Report of the King Institute of Preventive Medicine, Guindy
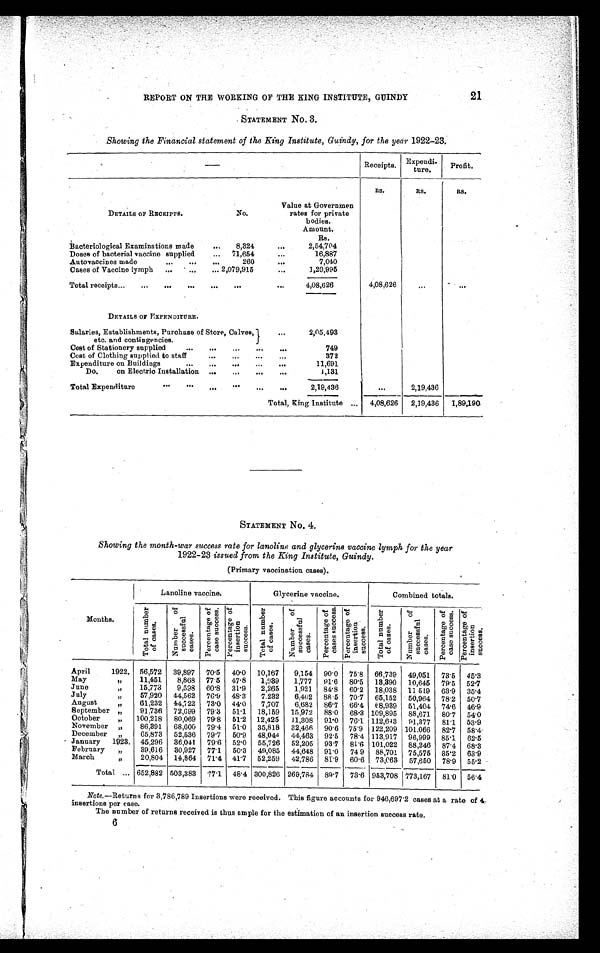
2 1
REPORT ON THE WORKING OF THE KING INSTITUTE, GUINDY
STATEMENT No. 3.
Showing the Financial statement of the King Institute, Guindy, for the year 1922-23.
—
Receipts.
Expendi-
ture.
Profit.
DETAILS OF RECEIPTS.
No.
Value at Governmen
rates for private
bodies.
Amount.
RS.
RS.
RS.
Rs.
Bacteriological Examinations made . . .
8,324
. . .
2,54,704
7 1 , 6 5 4 . . .
16,887
Doses of bacterial vaccine supplied . . .
2 6 0 . . .
7,040
Autovaccines made . . .
2, 079, 915 . . .
1,20,995
Cases of Vaccine lymph . . .
Total receipts . . .
4,08,626
4,08,626
. . .
. . .
DETAILS OF EXPENDITURE.
Salaries, Establishments, Purchase of Store, Calves,
e t c . a n d c o n t i n g e n c i e s . . . .
2, 05, 493
Cost of Stationery supplied . . .
749
372
Cost of Clothing supplied to staff . . .
11,691
Expenditure on Buildings . . .
1,131
Do. on Electric Installation . . .
Total Expenditure . . .
2,19,436
. . .
2,19,436
Total, King Institute . . .
4,08,626
2,19,436
1,89,190
STATEMENT No. 4.
Showing the month-war success rate for lanoline and glycerine vaccine lymph for the year
1922-23 issued from the King Institute, Guindy.
(Primary vaccination cases).
Months.
Lanoline vaccine.
Glycerine vaccine.
Combined totals.
T o t a l n u m b e r o f c a s e s .
N u m b e r o f s u c c e s s f u l c a s e s .
P e r c e n t a g e o f c a s e s u c c e s s . P e r c e n t a g e o f i n s e r t i o n s u c c e s s .
T o t a l n u m b e r o f c a s e s .
N u m b e r o f s u c c e s s f u l c a s e s .
P e r c e n t a g e o f c a s e s s u c c e s s . P e r c e n t a g e o f i n s e r t i o n s u c c e s s .
T o t a l n u m b e r o f c a s e s
.
N u m b e r o f s u c c e s s f u l c a s e s .
P e r c e n t a g e o f c a s e s u c c e s s. Pe r c e nt a ge of i ns e r t i on s uc c e s s .
April
1922. 56,572
39,897
70.5
40.0
10,167
9,154
90.0
75.8
66,739
49,051
73.5
45.3
May
"
11,451
8,868
77.5
47.8
1,939
1,777
91.6
80.5
13,390
10,645
79.5
52.7
June
"
15,773
9,598
60.8
31.9
2,265
1,921
84.8
60.2
18,038
11,519
63.9
35.4
July
"
57,920
44,562
76.9
48.3
7,232
6,402
88.5
70.7
65,152
50,964
78.2
50.7
August "
61,232
44,722
73.0
44.0
7,707
6,682
86.7
66.4 68,939
51,404
74.6
46.9
September "
91,736
72,699
79.3
51.1
18,159
15,972 88.0
68.3 109,895
88,671
80.7
54.0
October "
100,218
80,069
79.8
51.2 12,425
11,308
91.0
76.1 112,643
91,377
81.1
53.9
November "
86,391
68,600
79.4
51.0
35,818
32,466
90.6 75.9 122,209 101,066
82.7
58.4
December "
65,873
52,536
79.7 50.9
48,044
44,463
92.5
78.4 113,917
96,999
85.1
62.5
January 1923. 45,296
36,041
79.6
52.0
55,726
52,205
93.7
81.6 101,022 88,246
87.4
68.3
February "
39,616
30,927
77.1
50.3
49,085
44,648
91.0
74.9
88,701
75,575
85.2
63.9
March "
20,804
14,864
71.4 41.7 52,259
42,786
81.9
60.6
73,063
57,650
78.9
55.2
Total . . . 652,882 503,383
77.1
48.4 300,826 269,784
89.7
73.6 953,708 773,167
81.0
56.4
Note.— Returns for 3,786,789 Insertions were received. This figure accounts for 946,697.2 cases at a rate of 4
insertions per case.
The number of returns received is thus ample for the estimation of an insertion success rate .